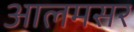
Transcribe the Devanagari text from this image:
आलमसर